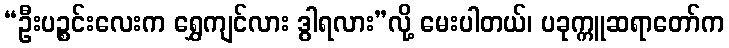
“ဦးပဉ္စင်းလေးက ရွှေကျင်လား ဒွါရလား”လို့ မေးပါတယ်၊ ပခုက္ကူဆရာတော်က